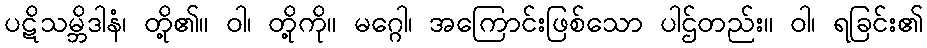
ပဋိသမ္ဘိဒါနံ၊ တို့၏။ ဝါ၊ တို့ကို။ မဂ္ဂေါ၊ အကြောင်းဖြစ်သော ပါဌ်တည်း။ ဝါ၊ ရခြင်း၏